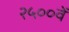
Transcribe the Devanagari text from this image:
२५००वें